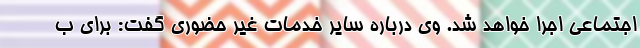
اجتماعی اجرا خواهد شد. وی درباره سایر خدمات غیر حضوری گفت: برای ب